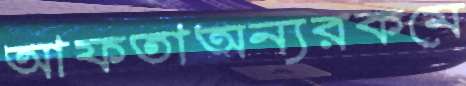
আফতাঅন্যরকমে